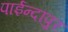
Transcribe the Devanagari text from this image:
पाईन्दापुर